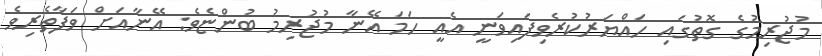
މުޖުރިމުގެ ގޮތުގައި ހައްޔަރުކުރެވިފައިވަނީ އެއީ ހަމަ އޭނާ މުޖުރިމު ބުންޏެވެ: އޭނާއަށް ވަފާތެރިވެ